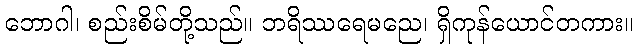
ဘောဂါ၊ စည်းစိမ်တို့သည်။ ဘရိဿရေမညေ၊ ရှိကုန်ယောင်တကား။